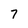
Character: 7